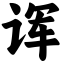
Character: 诨